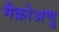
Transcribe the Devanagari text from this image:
मैक्रोअणु